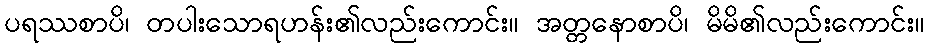
ပရဿစာပိ၊ တပါးသောရဟန်း၏လည်းကောင်း။ အတ္တနောစာပိ၊ မိမိ၏လည်းကောင်း။